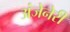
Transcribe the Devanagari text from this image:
अंजेनेरी